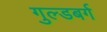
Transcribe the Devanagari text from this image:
गुल्डबर्ग